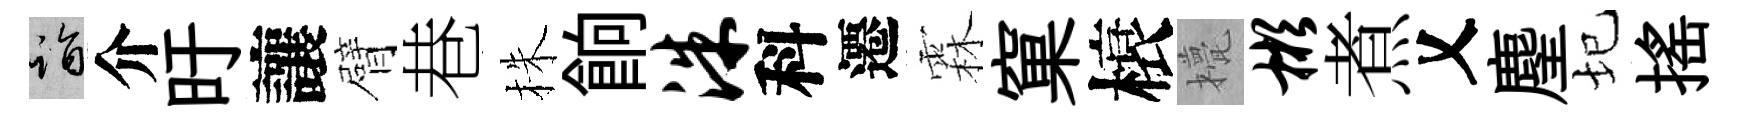
诣介旴讓臂巷株餉洙科遷霖窠榱甍彬煮乂麈圮揺